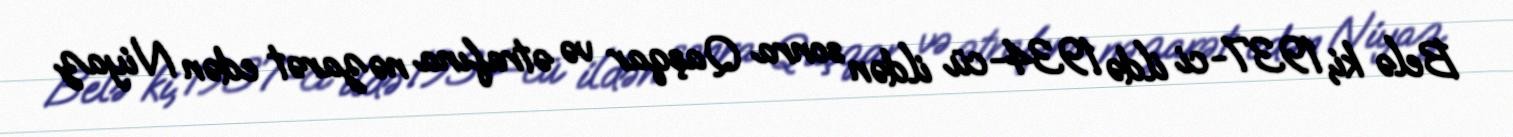
Belə ki, 1937-ci ildə 1934-cü ildən sonra Qaşqar və ətrafına nəzarət edən Niyaz